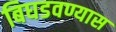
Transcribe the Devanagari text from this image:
बिघडवण्यास